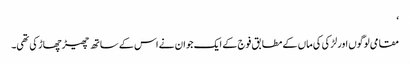
‘
مقامی لوگوں اور لڑکی کی ماں کے مطابق فوج کے ایک جوان نے اس کے ساتھ چھیڑ چھاڑ کی تھی۔